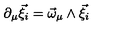
\partial _ { \mu } \vec { \xi } _ { i } = \vec { \omega } _ { \mu } \wedge \vec { \xi } _ { i }